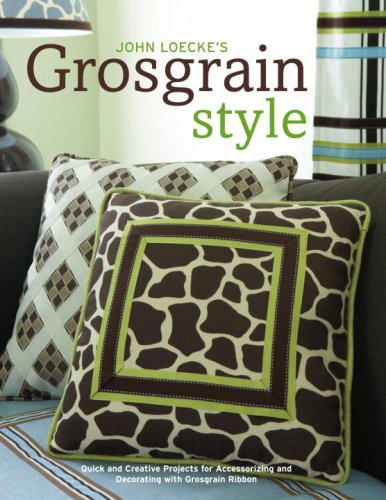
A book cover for John Loecke's Grosgrain Style: Quick and Creative Projects for Accessorizing and Decorating with Grosgrain Ribbon; John Loecke; Crafts, Hobbies & Home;